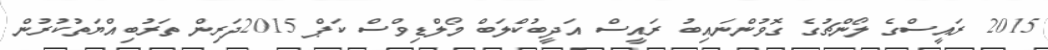
2015 ރައީސްގެ ލޯންޗުގެ ގޮވުންނައިބު ރައީސް އަދީބުކްލަބް މޯލްޑިވްސް ކަޕް 2015ދަރިން ތަރުބިއްޔަތުކުރުން